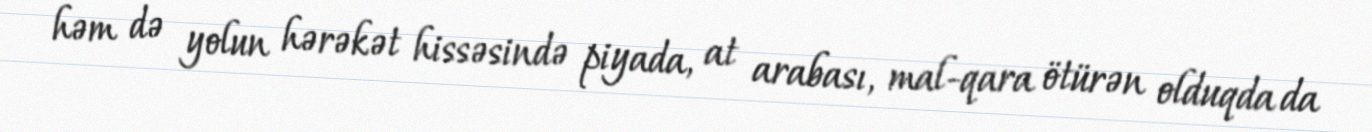
həm də yolun hərəkət hissəsində piyada, at arabası, mal-qara ötürən olduqda da